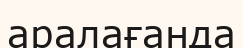
аралағанда